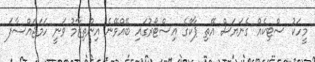
މީހަކު ސްޓިކެއް ގެނަޔަސް އޭތި ޕާކްގެ އިސްޓޯރުގައި ބޭއްވޭނެ އިންތިޒާމު ވަނީ ހަމަޖައްސާފަ